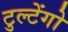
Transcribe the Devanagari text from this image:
टुल्टेंगो